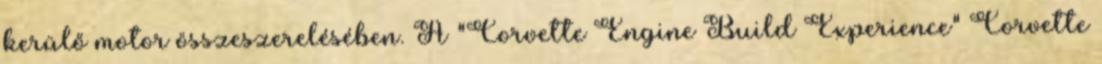
kerülő motor összeszerelésében. A "Corvette Engine Build Experience" Corvette